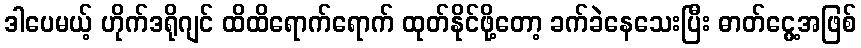
ဒါပေမယ့် ဟိုက်ဒရိုဂျင် ထိထိရောက်ရောက် ထုတ်နိုင်ဖို့တော့ ခက်ခဲနေသေးပြီး ဓာတ်ငွေ့အဖြစ်